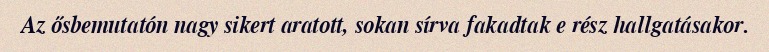
Az ősbemutatón nagy sikert aratott, sokan sírva fakadtak e rész hallgatásakor.